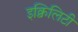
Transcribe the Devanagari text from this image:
इक्विलिटी